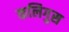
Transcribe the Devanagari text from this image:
कलिगुस